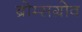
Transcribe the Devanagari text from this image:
ब्रोम्सग्रोव